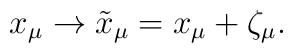
x_{\mu} \to \tilde{x}_{\mu} = x_{\mu} + \zeta_{\mu}.